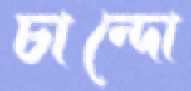
চান্দো